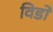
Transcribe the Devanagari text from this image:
विडों